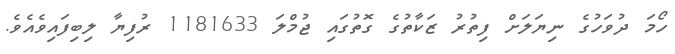
ހޯމަ ދުވަހުގެ ނިޔަލަށް ފިތުރު ޒަކާތުގެ ގޮތުގައި ޖުމްލަ 1181633 ރުފިޔާ ލިބިފައިވެއެވެ.